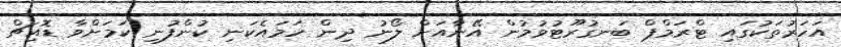
އަހަރުތަކުގައި ޓްރަމްޕް ބަނގުރޫޓުވުމުން އޭނާއަށް ލޯނު ދިން ހަމައެކަނި ކުންފުނި ކަމަށްވާ ޑޮއިޗް